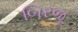
બિરજૂ